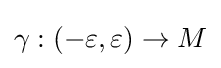
\gamma :(-\varepsilon ,\varepsilon )\to M